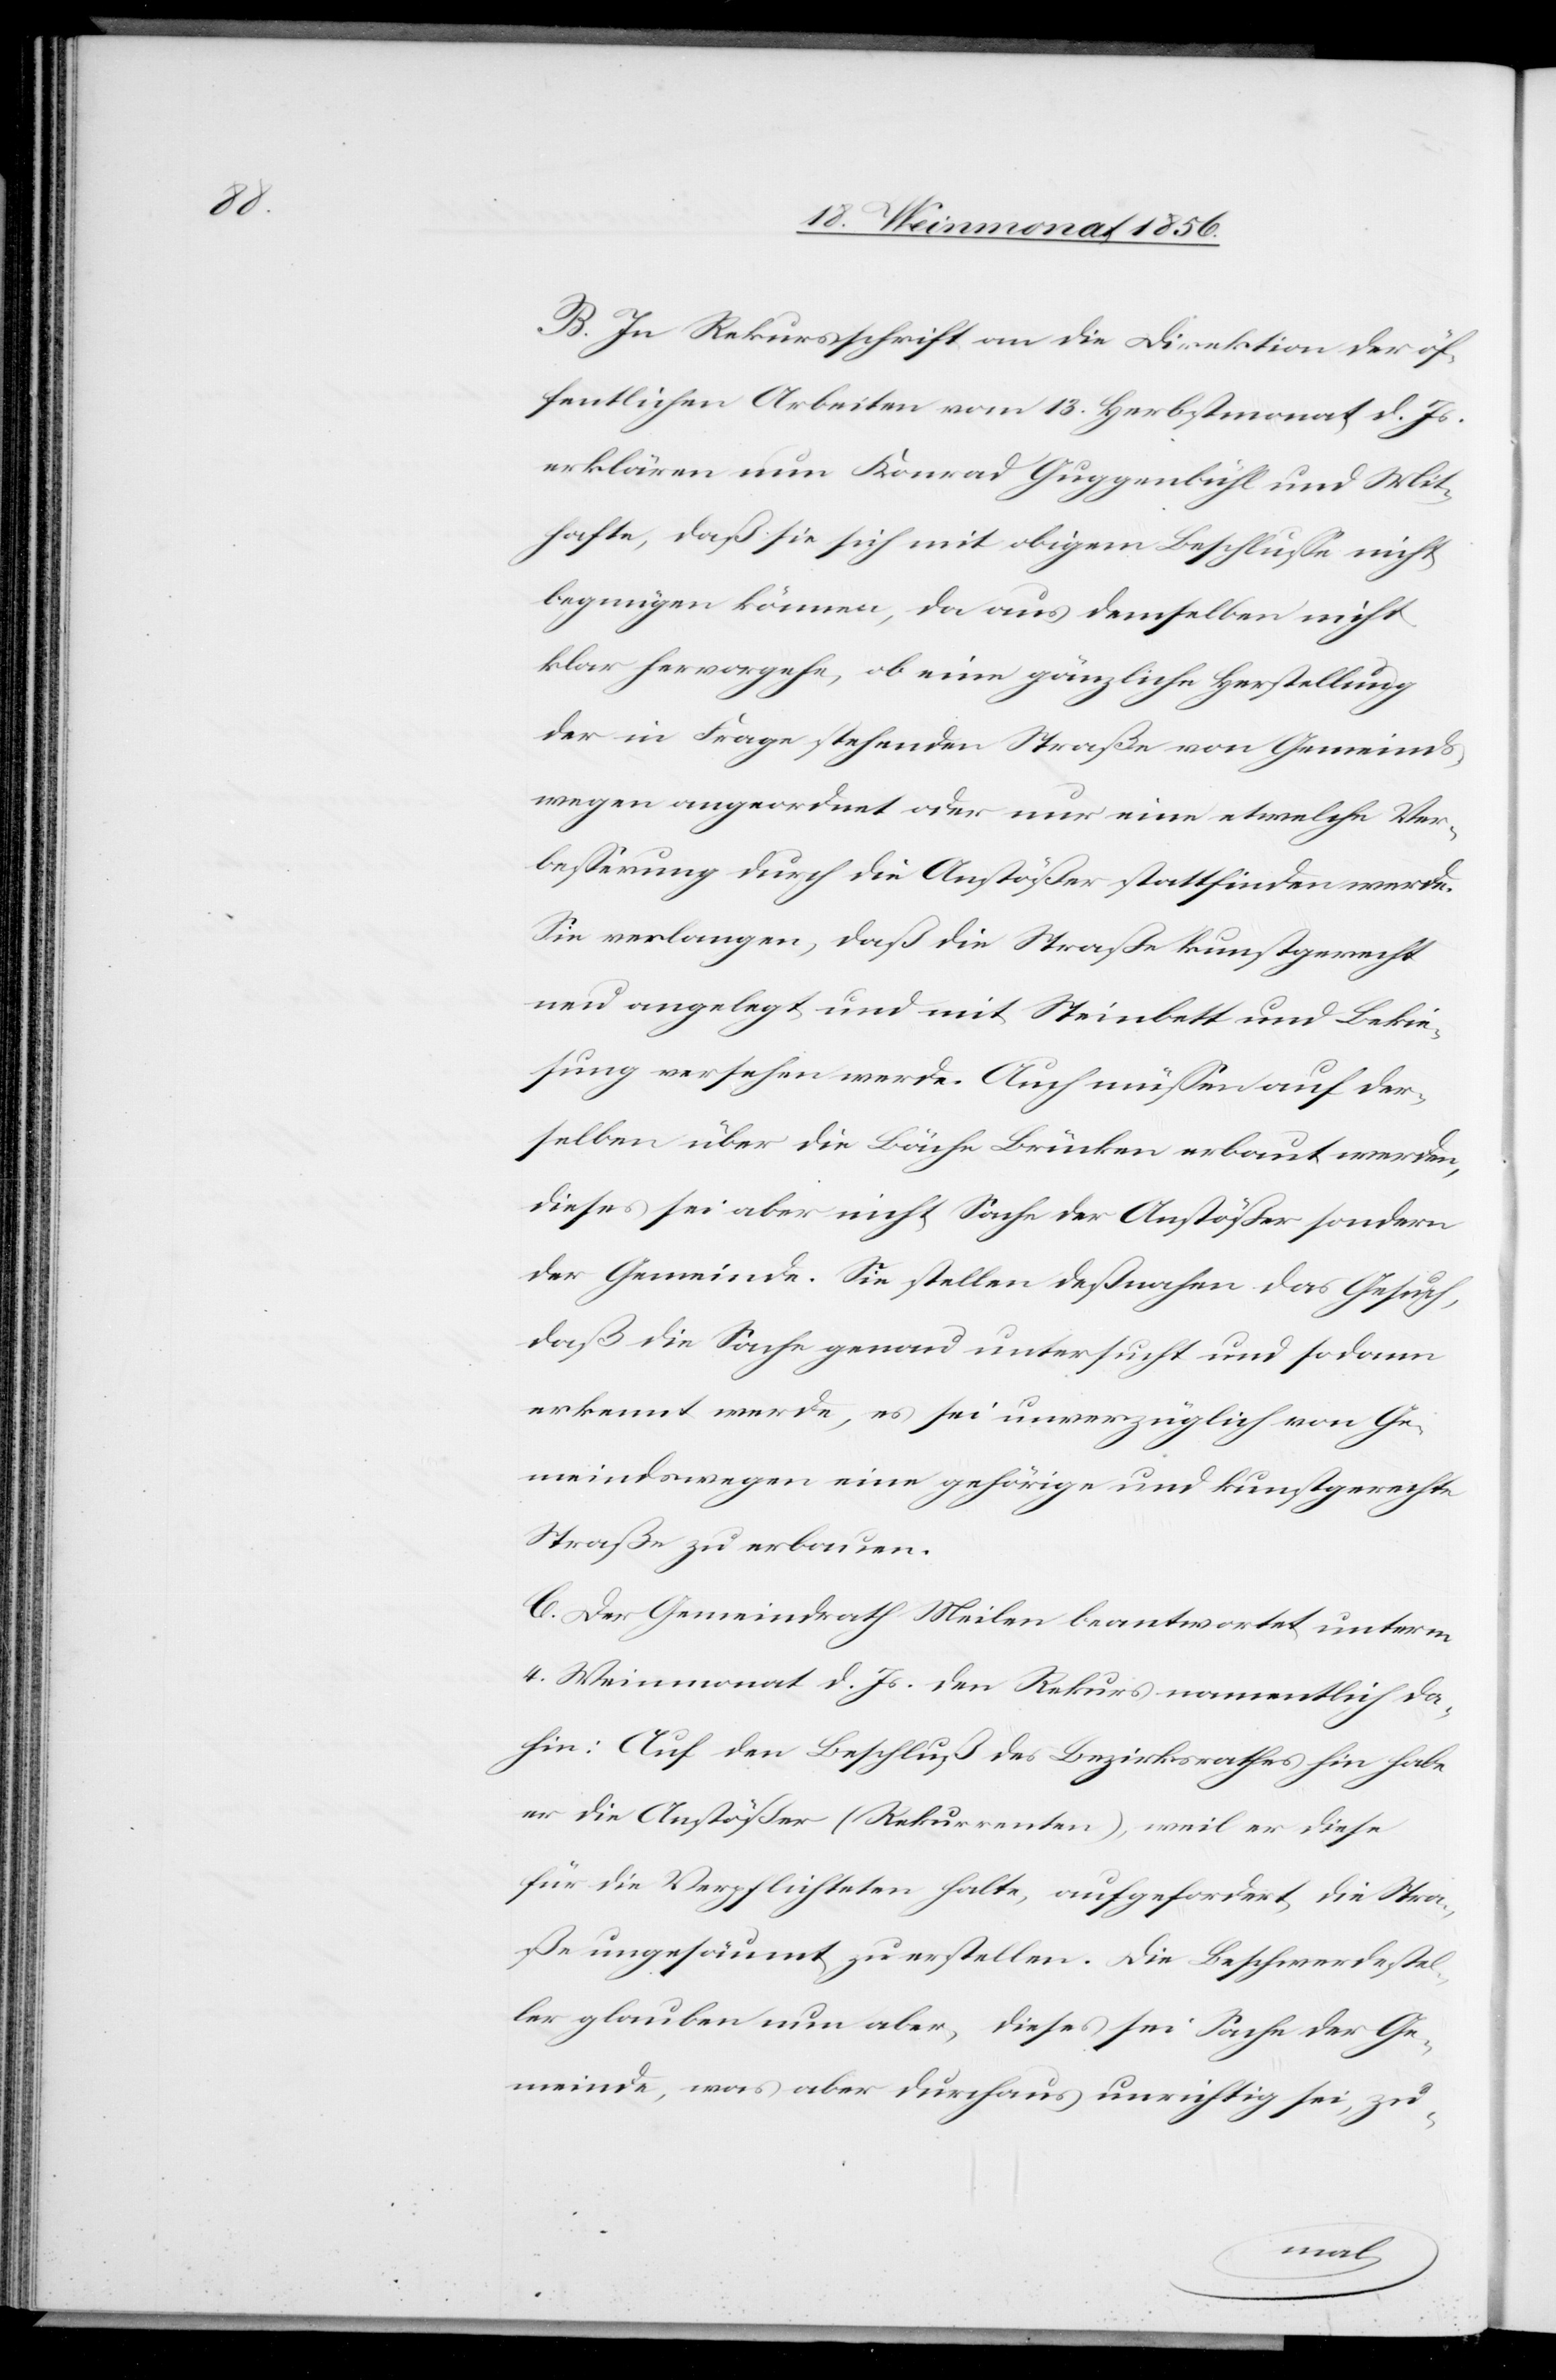
B. In Rekursschrift an die Direktion der öf¬
fentlichen Arbeiten vom 13. Herbstmonat d. Js.
erklären nun Konrad Guggenbühl und Mit¬
hafte, daß sie sich mit obigem Beschlusse nicht
begnügen können, da aus demselben nicht
klar hervorgehe, ob eine gänzliche Herstellung
der in Frage stehenden Straße von Gemeinds¬
wegen angeordnet oder nur eine etwelche Ver¬
besserung durch die Anstößer stattfinden werde.
Sie verlangen, daß die Straße kunstgerecht
neu angelegt und mit Steinbett und Bekie¬
sung versehen werde. Auch müssen auf der¬
selben über die Bäche Brücken erbaut werden,
dieses sei aber nicht Sache der Anstößer sondern
der Gemeinde. Sie stellen deßnahen das Gesuch,
daß die Sache genau untersucht und sodann
erkennt werde, es sei unverzüglich von Ge¬
meindswegen eine gehörige und kunstgerechte
Straße zu erbauen.
C. Der Gemeindrath Meilen beantwortet unterm
4. Weinmonat d. Js. den Rekurs namentlich da¬
hin: Auf den Beschluß des Bezirksrathes hin habe
er die Anstößer (Rekurrenten), weil er diese
für die Verpflichteten halte, aufgefordert, die Stra¬
ße ungesäumt zu erstellen. Die Beschwerdestel¬
ler glauben nun aber, dieses sei Sache der Ge¬
meinde, was aber durchaus unrichtig sei, zu-